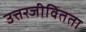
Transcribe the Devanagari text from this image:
उत्तरजीवितता